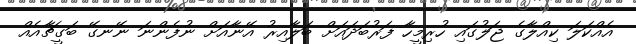
އެއްކަލަ ކިއްލާގެ ޖަލުގައި ހުރިމީހާ ފަރުބަދައަށް ބަލާއިރު އޭނާއަށް ނުފެންނަ ނޭނގޭ ބަގީޗާއެއް